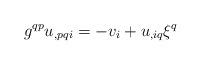
LaTeX: \begin{align*}g^{qp}u_{,pqi}=-v_{i}+u_{,iq}\xi^q\end{align*}